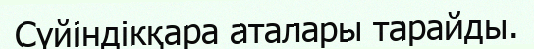
Сүйіндікқара аталары тарайды.